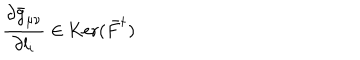
{ \frac { \partial \bar { g } _ { \mu \nu } } { \partial l _ { i } } } \in \mathrm { K e r } ( \bar { F } ^ { \dagger } )